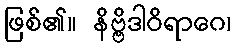
ဖြစ်၏။ နိဗ္ဗိဒါဝိရာဂေ၊